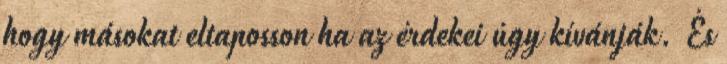
hogy másokat eltaposson ha az érdekei úgy kívánják. És